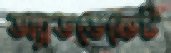
অ্যাডভেকেট